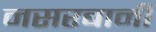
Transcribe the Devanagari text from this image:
नसरबानी